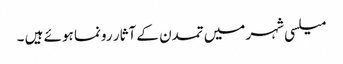
میلسی شہر میں تمدن کے آثار رونما ہوئے ہیں ۔